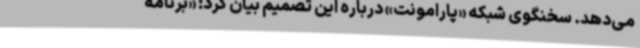
می‌دهد. سخنگوی شبکه «پارامونت»‌ درباره این تصمیم بیان کرد: «برنامه